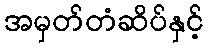
အမှတ်တံဆိပ်နှင့်